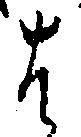
は